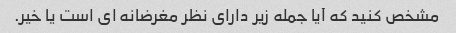
مشخص کنید که آیا جمله زیر دارای نظر مغرضانه ای است یا خیر.